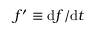
f ^ { \prime } \equiv { \mathrm { d } } f / { \mathrm { d } } t